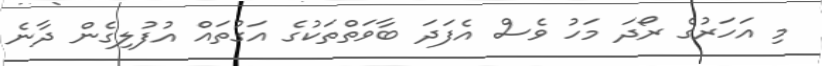
މި އަހަރުގެ ރޯދަ މަހު ވެސް އެފަދަ ބާވަތްތަކުގެ އަގުތައް އުފުލިގެން ދާނެ